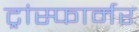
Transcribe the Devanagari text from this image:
ट्रांस्फार्मर